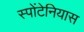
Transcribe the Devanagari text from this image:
स्पोंटेनियास